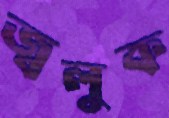
জ্বলুক